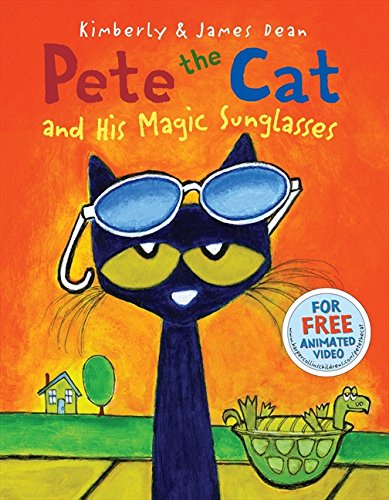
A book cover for Pete the Cat and His Magic Sunglasses; James Dean; Children's Books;